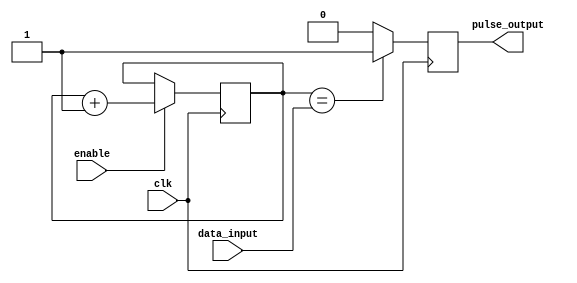

module FrequencyEncoder (
    input wire data_input,
    input wire enable,
    input wire clk,
    output reg pulse_output
);
    reg [7:0] counter = 8'b00000000; // Initialize the counter

    always @(posedge clk) begin
        if (enable) begin // Only count when enabled by the PLL
            counter <= counter + 1; // Increment the counter
        end
    end

    // Output a pulse when the count matches the data input
    always @(posedge clk) begin
        if (counter == data_input) begin
            pulse_output <= 1'b1;
        end else begin
            pulse_output <= 1'b0;
        end
    end
    
endmodule